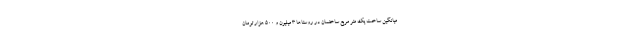
میانگین ساخت یک متر مربع ساختمان در روستاها ۳ میلیون و ۵۰۰ هزار تومان